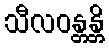
သီလဝန္တန္တိ